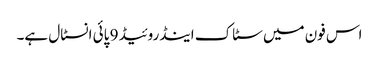
اس فون میں سٹاک اینڈروئیڈ 9 پائی انسٹال ہے۔